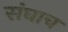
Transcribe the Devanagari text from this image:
संघाच